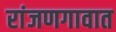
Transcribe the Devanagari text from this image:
रांजणगावात